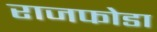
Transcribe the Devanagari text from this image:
राजफोडा